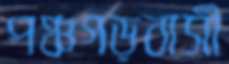
পঞ্চগড়বাসী